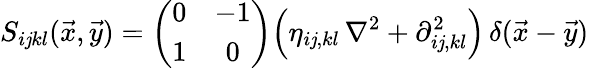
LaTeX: S_{i\mathit{j}kl}(\vec{{x}},\vec{{y}})=\left(\begin{array}{cc}{{0}}&{{-1}}\\ {{1}}&{{0}}\end{array}\right)\Bigl(\eta_{i\mathit{j},kl}\, \nabla^{2}+\partial_{i\mathit{j},kl}^{2}\Bigr)\, \delta(\vec{{x}}-\vec{{y}})